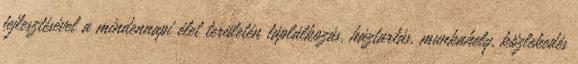
fejlesztésével a mindennapi élet területén táplálkozás, háztartás, munkahely, közlekedés